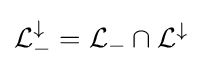
{\mathcal {L}}_{-}^{\downarrow }={\mathcal {L}}_{-}\cap {\mathcal {L}}^{\downarrow }